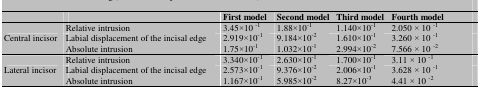
<table><thead><tr><td></td><td></td><td><b>First model</b></td><td><b>Second model</b></td><td><b>Third model</b></td><td><b>Fourth model</b></td></tr></thead><tbody><tr><td rowspan="3"> Central incisor </td><td> Relative intrusion </td><td>3.45×10 <sup>-1</sup></td><td>1.88×10<sup>-1</sup></td><td>1.140×10<sup>-1</sup></td><td>2.050 × 10 <sup>-1</sup></td></tr><tr><td> Labial displacement of the incisal edge </td><td>2.919×10<sup>-1</sup></td><td>9.184×10<sup>-2</sup></td><td>1.610×10<sup>-1</sup></td><td>3.260 × 10 <sup>-1</sup></td></tr><tr><td> Absolute intrusion </td><td>1.75×10<sup>-1</sup></td><td>1.032×10<sup>-1</sup></td><td>2.994×10<sup>-2</sup></td><td>7.566 × 10 <sup>-2</sup></td></tr><tr><td rowspan="3"> Lateral incisor </td><td> Relative intrusion </td><td>3.340×10<sup>-1</sup></td><td>2.630×10<sup>-1</sup></td><td>1.700×10<sup>-1</sup></td><td>3.11 × 10 <sup>-1</sup></td></tr><tr><td> Labial displacement of the incisal edge </td><td>2.573×10<sup>-1</sup></td><td>9.376×10<sup>-2</sup></td><td>2.006×10<sup>-1</sup></td><td>3.628 × 10 <sup>-1</sup></td></tr><tr><td> Absolute intrusion </td><td>1.167×10<sup>-1</sup></td><td>5.985×10<sup>-2</sup></td><td>8.27×10<sup>-3</sup></td><td>4.41 × 10 <sup>-2</sup></td></tr></tbody></table>